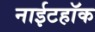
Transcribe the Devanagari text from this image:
नाईटहॉक